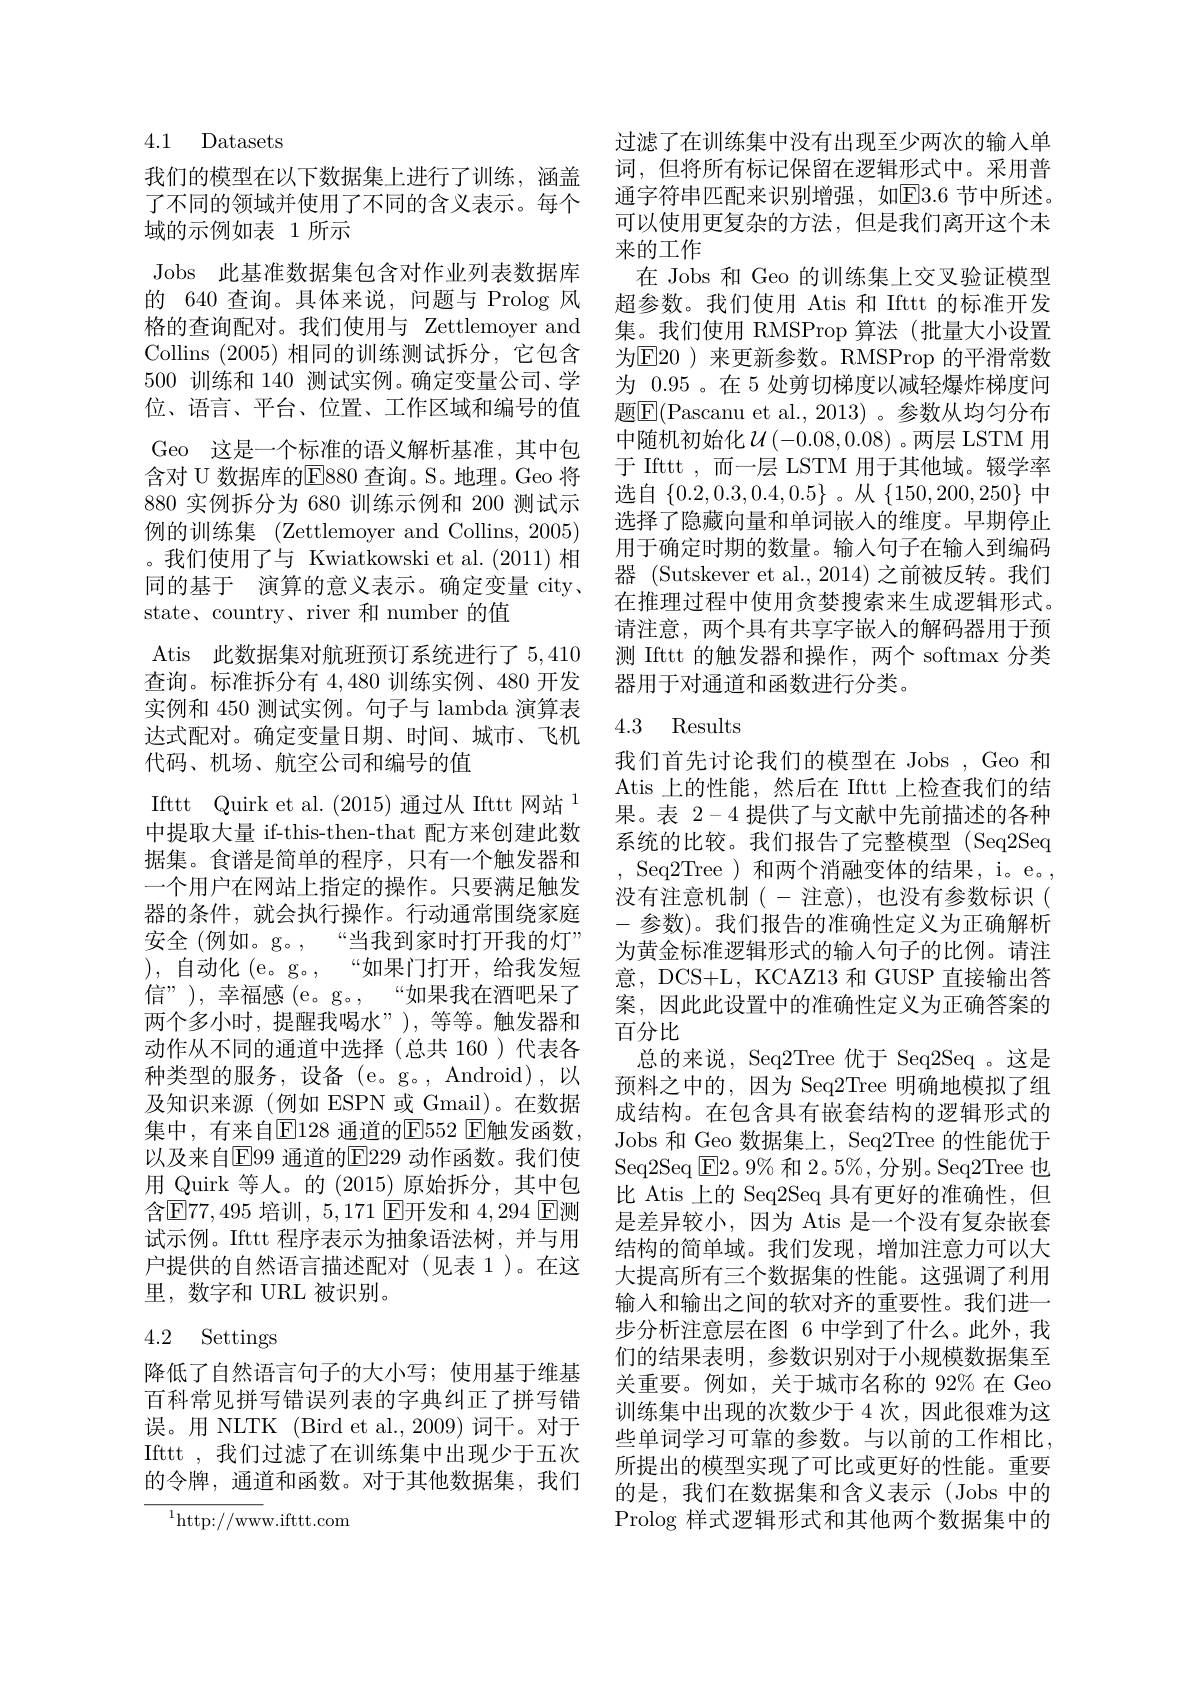
4.1 Datasets

我们的模型在以下数据集上进行了训练，涵盖了不同的领域并使用了不同的含义表示。每个域的示例如表 1 所示
Jobs 此基准数据集包含对作业列表数据库的 640 查询。具体来说，问题与 Prolog 风格的查询配对。我们使用与 Zettlemoyer and Collins (2005)相同的训练测试拆分，它包含500训练和 140 测试实例。确定变量公司、学位、语言、平台、位置、工作区域和编号的值Geo 这是一个标准的语义解析基准，其中包含对 U 数据库的E880 查询。S。地理。Geo 将880实例拆分为 680 训练示例和 200 测试示例的训练集 (Zettlemoyer and Collins, 2005) 。我们使用了与 Kwiatkowski et al.(2011) 相同的基于 演算的意义表示。确定变量 city、 state、country、river 和 number 的值
Atis 此数据集对航班预订系统进行了5，410查询。标准拆分有4，480训练实例、480 开发实例和 450 测试实例。句子与 lambda 演算表达式配对。确定变量日期、时间、城市、飞机代码、机场、航空公司和编号的值
Ifttt Quirk et al.(2015) 通过从 Ifttt 网站$^{1}$ 中提取大量 if-this-then-that 配方来创建此数据集。食谱是简单的程序，只有一个触发器和一个用户在网站上指定的操作。只要满足触发器的条件，就会执行操作。行动通常围绕家庭安全 (例如。g。,“当我到家时打开我的灯” ),自动化(e。g。, $“ 如 果 门 打 开 $,给我发短信”), 幸福感 (e。g。,“如果我在酒吧呆了两个多小时，提醒我喝水”),等等。触发器和动作从不同的通道中选择(总共 160)代表各种类型的服务，设备(e。g。,Android),以及知识来源(例如 ESPN 或 Gmail)。在数据集中，有来自$\overline{\mathrm{E}}$128 通道的$\overline{\mathrm{E}}552$ E触发函数， 以及来自$\boxed{\mathrm{F}}$99 通道的$\boxed{\mathrm{E}}229$ 动作函数。我们使用 Quirk 等人。的(2015)原始拆分，其中包含$\boxed{\mathrm{E}}77,495$ 培训，5,171 E开发和 4,294 E测试示例。Ifttt 程序表示为抽象语法树，并与用户提供的自然语言描述配对(见表1)。在这里，数字和 URL 被识别。
4.2 Settings

降低了自然语言句子的大小写；使用基于维基百科常见拼写错误列表的字典纠正了拼写错误。用 NLTK (Bird et al.,2009) 词干。对于Ifttt,我们过滤了在训练集中出现少于五次的令牌，通道和函数。对于其他数据集，我们

$^{1}$http://www.ifttt.com

过滤了在训练集中没有出现至少两次的输入单词，但将所有标记保留在逻辑形式中。采用普通字符串匹配来识别增强，如回3.6 节中所述。可以使用更复杂的方法，但是我们离开这个未来的工作
在 Jobs 和 Geo 的训练集上交叉验证模型超参数。我们使用 Atis 和 Ifttt 的标准开发集。我们使用 RMSProp 算法(批量大小设置为E20 )来更新参数。RMSProp 的平滑常数为 0.95 。在 5 处剪切梯度以减轻爆炸梯度问题$\boxed{\mathrm{F}}($Pascanu et al.,2013)。参数从均匀分布中随机初始化$\mathcal{U}\left(-0.08,0.08\right)$。两层 LSTM 用于 Ifttt ,而一层 LSTM 用于其他域。辍学率选自$\{0.2,0.3,0.4,0.5\}$ 。从$\{150,200,250\}$中选择了隐藏向量和单词嵌入的维度。早期停止用于确定时期的数量。输入句子在输入到编码器 (Sutskever et al., 2014) 之前被反转。我们在推理过程中使用贪婪搜索来生成逻辑形式。请注意，两个具有共享字嵌入的解码器用于预测 Ifttt 的触发器和操作，两个 softmax 分类器用于对通道和函数进行分类。

## 4.3 Results

我们首先讨论我们的模型在 Jobs , Geo 和Atis 上的性能，然后在 Ifttt 上检查我们的结果。表2-4提供了与文献中先前描述的各种系统的比较。我们报告了完整模型(Seq2Seq ,Seq2Tree)和两个消融变体的结果，i。e。, 没有注意机制(-注意),也没有参数标识( -参数)。我们报告的准确性定义为正确解析为黄金标准逻辑形式的输入句子的比例。请注意，DCS+L, KCAZ13 和 GUSP 直接输出答案，因此此设置中的准确性定义为正确答案的百分比
总的来说，Seq2Tree 优于 Seq2Seq 。这是预料之中的，因为 Seq2Tree 明确地模拟了组成结构。在包含具有嵌套结构的逻辑形式的Jobs 和 Geo 数据集上，Seq2Tree 的性能优于Seq2Seq $\boxed{\mathrm{E}}2。9\%$和 2。5%, 分别。Seq2Tree 也比 Atis 上的 Seq2Seq 具有更好的准确性，但是差异较小，因为 Atis 是一个没有复杂嵌套结构的简单域。我们发现，增加注意力可以大大提高所有三个数据集的性能。这强调了利用输入和输出之间的软对齐的重要性。我们进一步分析注意层在图 6 中学到了什么。此外，我们的结果表明，参数识别对于小规模数据集至关重要。例如，关于城市名称的 92% 在 Geo 训练集中出现的次数少于 4 次，因此很难为这些单词学习可靠的参数。与以前的工作相比， 所提出的模型实现了可比或更好的性能。重要的是，我们在数据集和含义表示(Jobs 中的Prolog 样式逻辑形式和其他两个数据集中的